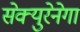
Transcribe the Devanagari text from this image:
सेक्युरेनेगा